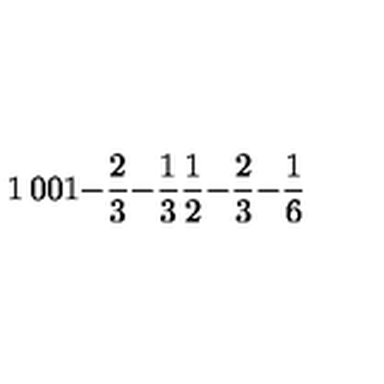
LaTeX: \begin{matrix} { 1 } & { 0 } & { 0 } \\ { 1 } & { - { \frac { 2 } { 3 } } } & { - { \frac { 1 } { 3 } } } \\ { { \frac { 1 } { 2 } } } & { - { \frac { 2 } { 3 } } } & { - { \frac { 1 } { 6 } } } \\ \end{matrix}